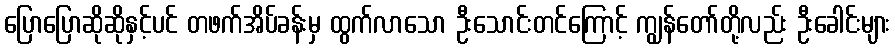
ပြောပြောဆိုဆိုနှင့်ပင် တဖက်အိပ်ခန်းမှ ထွက်လာသော ဦးသောင်းတင်ကြောင့် ကျွန်တော်တို့လည်း ဦးခေါင်းများ